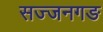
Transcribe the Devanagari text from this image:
सज्जनगङ